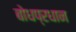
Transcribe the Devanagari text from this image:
बोधप्रधान